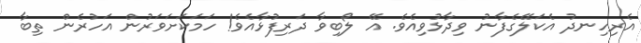
އެރިހިނދު އެކަލޭގެފާނު ވިދާޅުވިއެވެ. އޭ ލޯބިވާ ދަރިފުޅާއެވެ! ހަމަކަށަވަރުން އަހުރެން ތިބާ